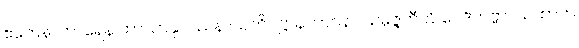
ဧကေနာကာရေန ကာယာနုပဿနာသတိပဋ္ဌာနဘာဝနာ သမ္ပဇ္ဇတီတိ ဝေဒိတဗ္ဗာ။ ယထာဟ